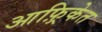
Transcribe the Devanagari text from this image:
आफ़्रिकेत